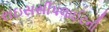
રાઇસસીપલાઈટની